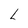
Character: L